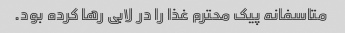
متاسفانه پیک محترم غذا را در لابی رها کرده بود.